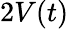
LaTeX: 2V(t)